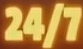
24/7